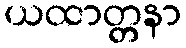
ယထာတ္တနာ